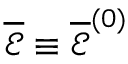
\overline { { \boldsymbol { \mathcal { E } } } } \equiv \overline { { \boldsymbol { \mathcal { E } } } } ^ { ( 0 ) }